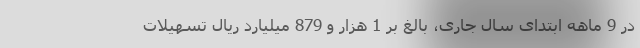
در 9 ماهه ابتدای سال جاری، بالغ بر 1 هزار و 879 میلیارد ریال تسهیلات